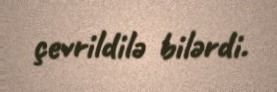
çevrildilə bilərdi.